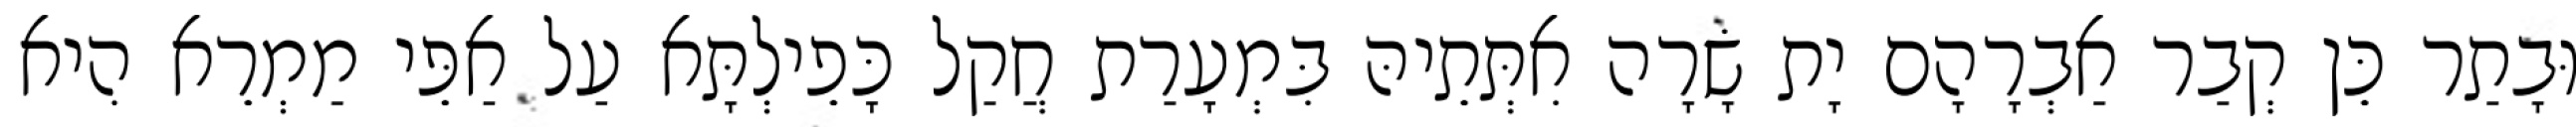
וּבָתַר כֵּן קְבַר אַבְרָהָם יָת שָׂרָה אִתְּתֵיהּ בִּמְעָרַת חֲקַל כָּפֵילְתָּא עַל אַפֵּי מַמְרֵא הִיא